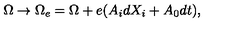
\Omega \to \Omega _ { e } = \Omega + e ( A _ { i } d X _ { i } + A _ { 0 } d t ) ,